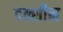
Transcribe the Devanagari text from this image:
दक्शीन